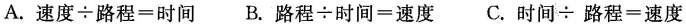
A.$$速度\div路程=时间$$ B.$$路程\div时间=速度$$ C.$$时间\div路程=速度$$